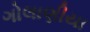
ગોલાણીયા